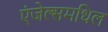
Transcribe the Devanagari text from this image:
एंजेल्समधिल